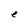
Character: e